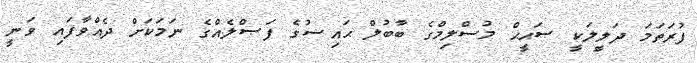
ފުރަތަމަ ދަލީލަކީ ޞަޙީޙް މުސްލިމްގެ ބާބުލް ޙައިޟުގެ ފަޞްލެއްގެ ނަމަކަށް ދެއްވާފައި ވަނީ